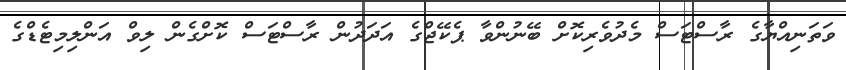
ވަތަނިއްޔާގެ ރާސްޓަސް މެދުވެރިކޮށް ބޭނުންވާ ޕެކޭޖްގެ އަދަދުން ރާސްޓަސް ކޮށްގެން ލިވް އަންލިމިޓެޑްގެ